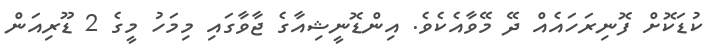
ކުޑަކޮށް ފޮނިރަހައެއް ދޭ މޭވާއެކެވެ. އިންޑޮނީޝިއާގެ ޖާވާގައި މިމަހު މީގެ 2 ޑޫރިއަން